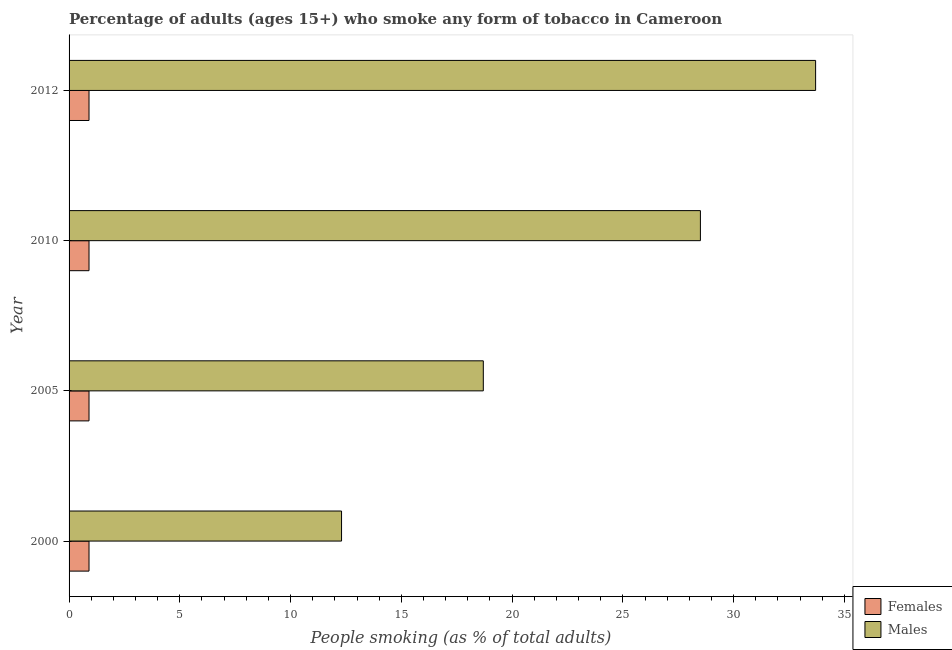
| Year | Females | Males |
 | --- | --- | --- |
 | 2000 | 0.9 | 12.3 |
 | 2005 | 0.9 | 18.7 |
 | 2010 | 0.9 | 28.5 |
 | 2012 | 0.9 | 33.7 |